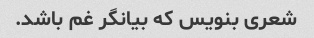
شعری بنویس که بیانگر غم باشد.